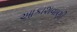
આકાશવાણી